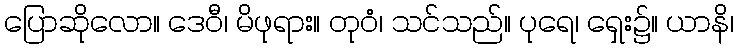
ပြောဆိုလော။ ဒေဝီ၊ မိဖုရား။ တုဝံ၊ သင်သည်။ ပုရေ၊ ရှေး၌။ ယာနိ၊